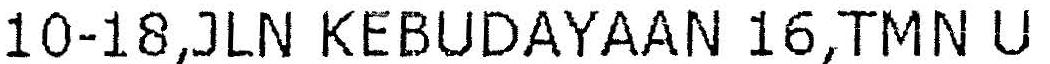
10-18,JLN KEBUDAYAAN 16,TMN U